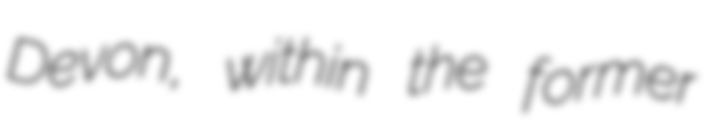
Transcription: Devon, within the former